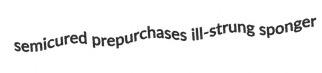
semicured prepurchases ill-strung sponger